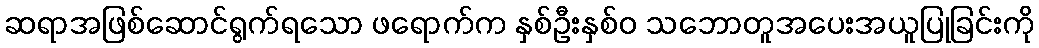
ဆရာအဖြစ်ဆောင်ရွက်ရသော ဖရောက်က နှစ်ဦးနှစ်ဝ သဘောတူအပေးအယူပြုခြင်းကို